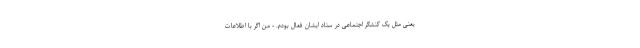
یعنی مثل یک کنشگر اجتماعی در ستاد ایشان فعال بودم. - من اگر با اطلاعات